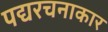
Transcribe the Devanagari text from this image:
पद्यरचनाकार